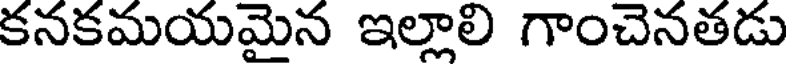
కనకమయమైన ఇల్లాలి గాంచెనతడు